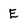
Character: E